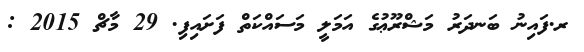
ރ.ފައިނު ބަނދަރު މަޝްރޫޢުގެ އަމަލީ މަސައްކަތް ފަށައިފި. 29 މާޗް 2015 :